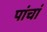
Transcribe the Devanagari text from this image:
पांचां